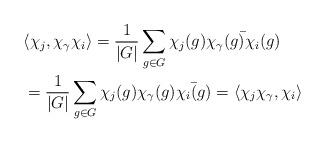
LaTeX: \begin{align*}&\langle \chi_j, \chi_{\gamma} \chi_i \rangle = \frac{1}{|G|} \sum_{g \in G} \chi_j(g) \bar{\chi_{\gamma}(g) \chi_i(g)} \\&= \frac{1}{|G|} \sum_{g \in G} \chi_j(g) \chi_{\gamma}(g) \bar{ \chi_i(g)} = \langle \chi_j \chi_{\gamma}, \chi_i \rangle\end{align*}